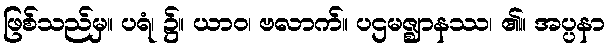
ဖြစ်သည်မှ။ ပရံ၊ ၌။ ယာဝ၊ ဗလာက်။ ပဌမဇ္ဈာနဿ၊ ၏။ အပ္ပနာ